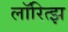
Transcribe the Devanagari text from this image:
लॉरित्झ